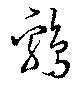
鶏